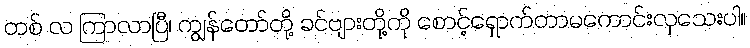
တစ် လ ကြာလာပြီ၊ ကျွန်တော်တို့ ခင်ဗျားတို့ကို စောင့်ရှောက်တာမကောင်းလှသေးပါ။